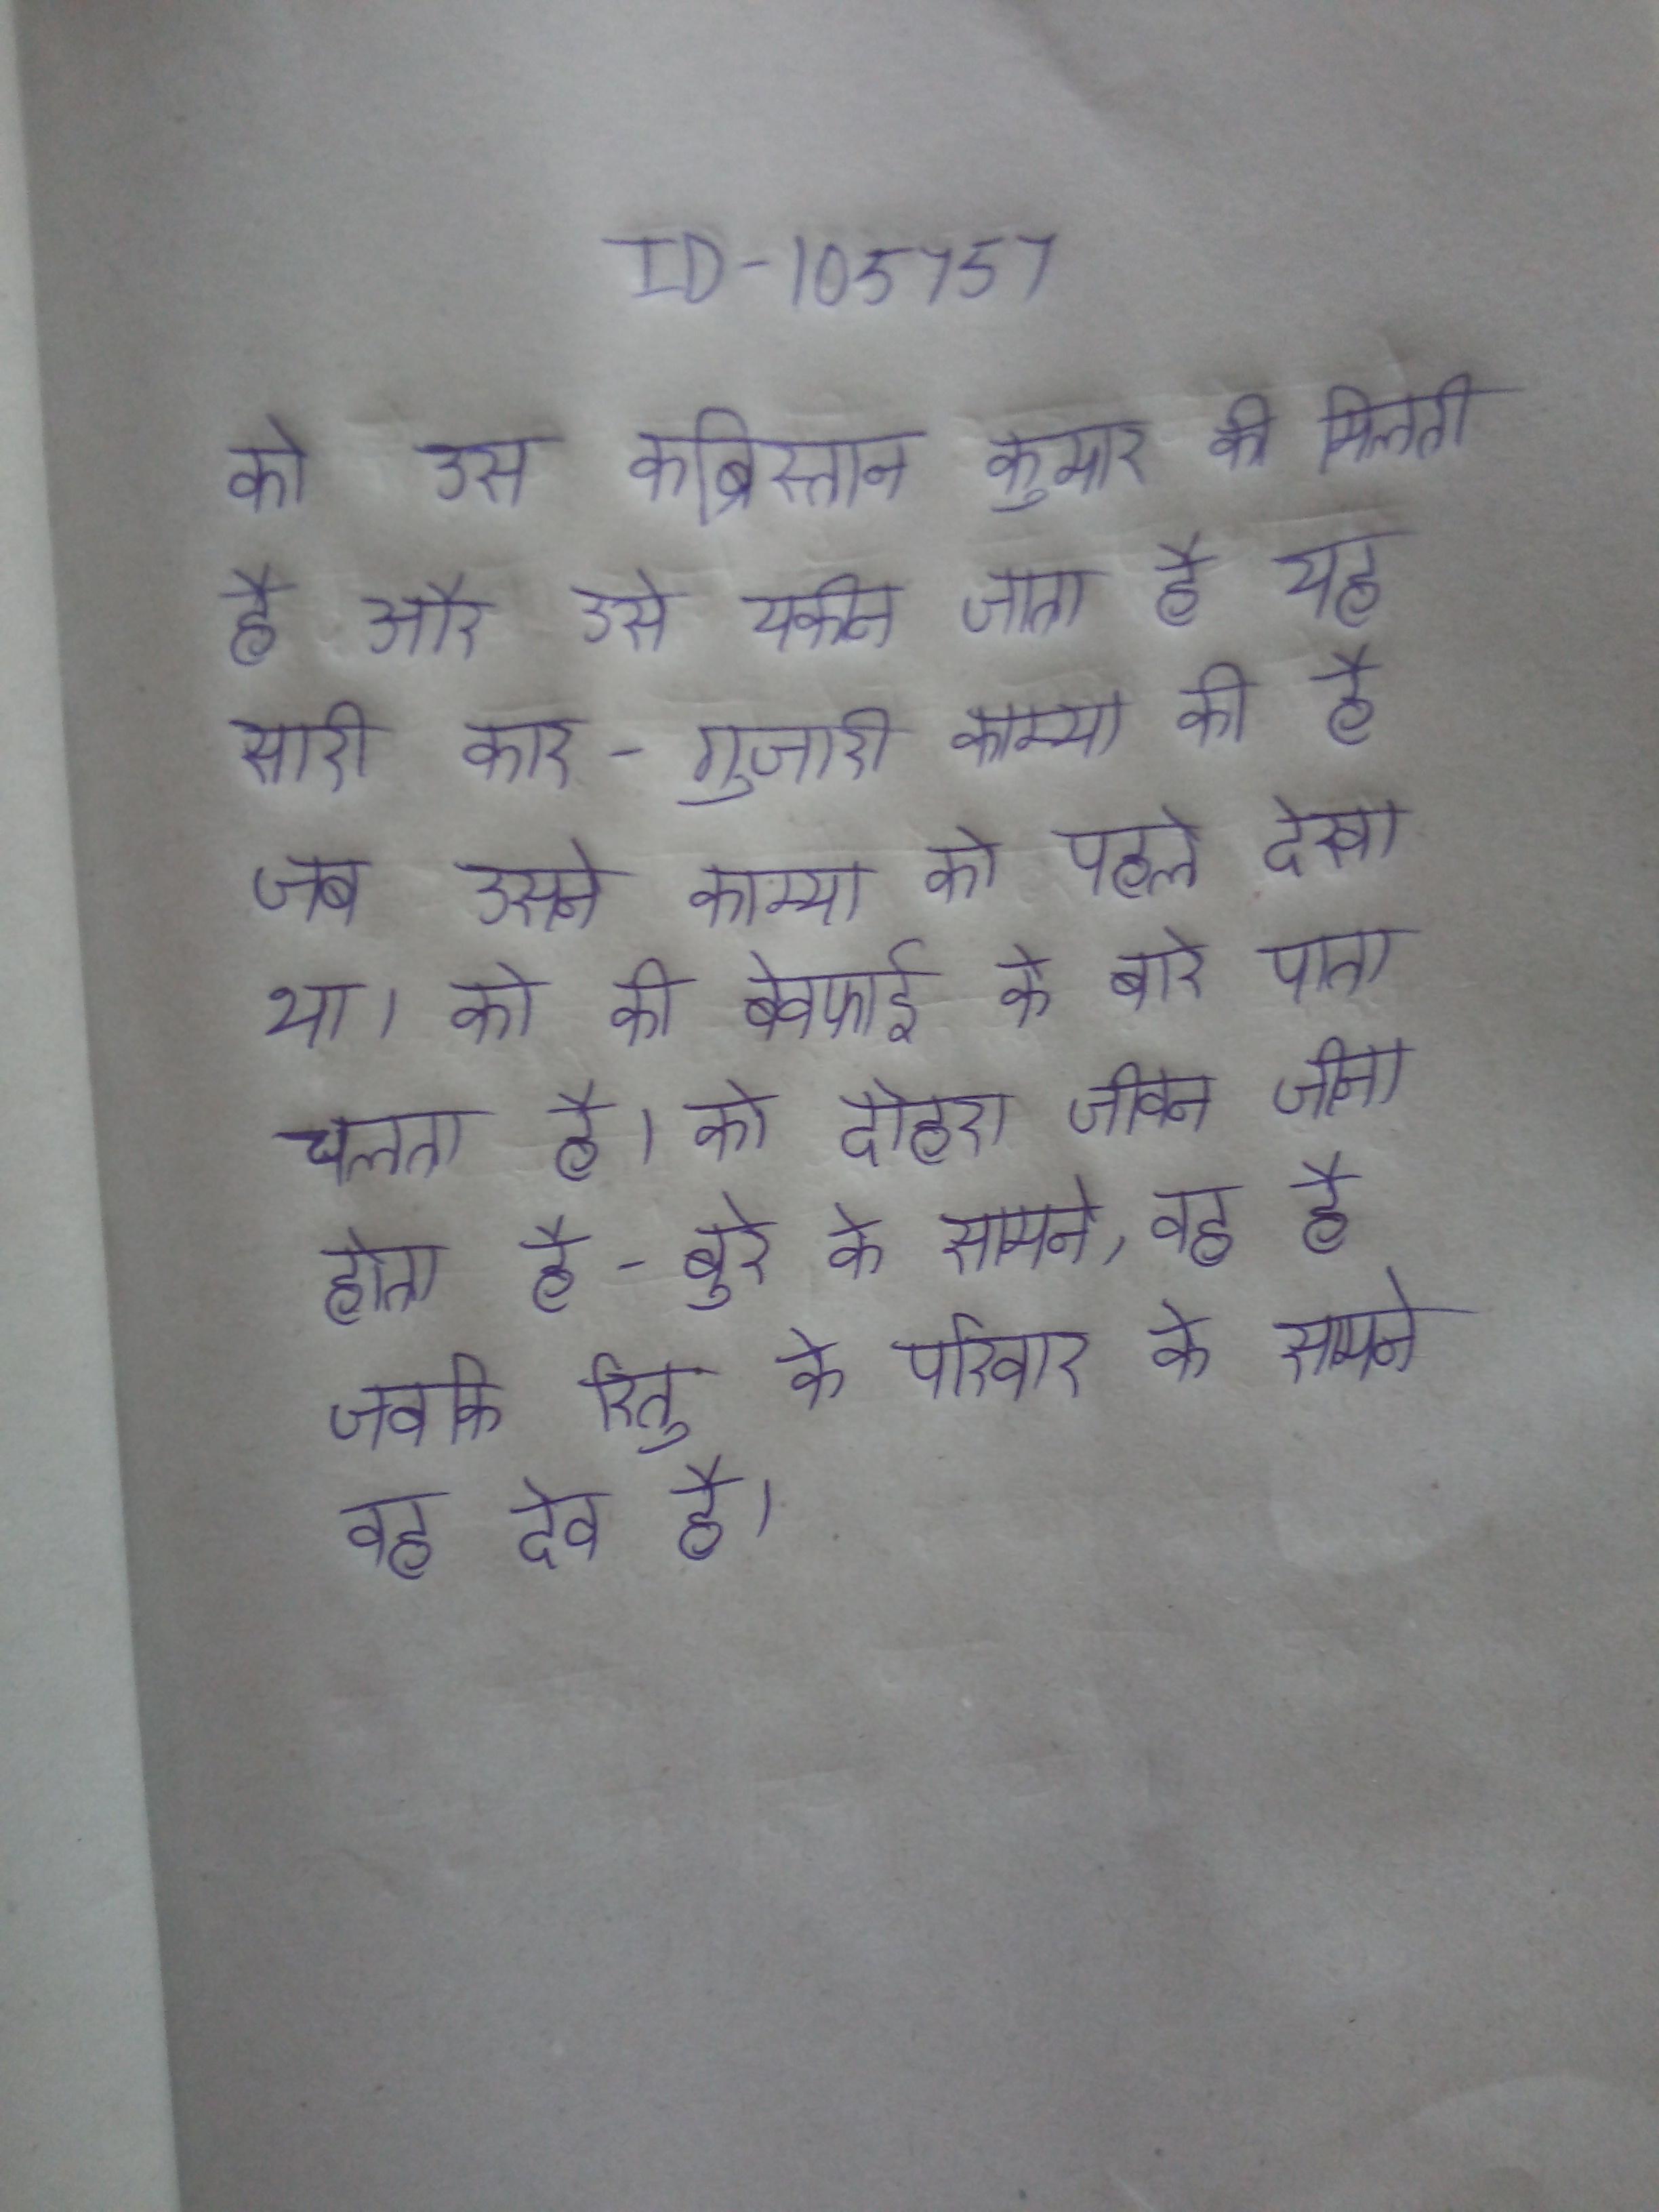
को उस कब्रिस्तान कुमार की मिलती है और उसे यकीन जाता है यह सारी कार-गुजारी काम्या की है जब उसने काम्या को पहले भी काली के से मिलते देखा था । को की बेवफाई के बारे पता चलता है । को दोहरा जीवन जीना होता है - बुरे के सामने, वह है जबकि रितु के परिवार के सामने वह देव है ।